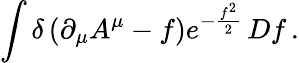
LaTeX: \int\delta\left(\partial_{\mu}A^{\mu}-f\right)e^{-{\frac{f^{2}}{2}}}\, Df\, .